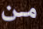
من